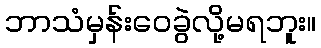
ဘာသံမှန်းဝေခွဲလို့မရဘူး။